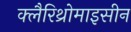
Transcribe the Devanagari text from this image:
क्लैरिथ्रोमाइसीन